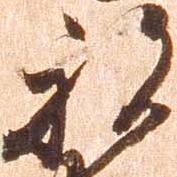
被